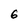
Character: 6